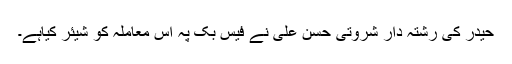
حیدر کی رشتہ دار شروتی حسن علی نے فیس بک پہ اس معاملہ کو شیئر کیاہے۔